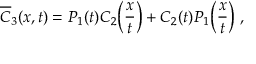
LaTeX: \overline { { C } } _ { 3 } ( x , t ) = P _ { 1 } ( t ) C _ { 2 } \biggl ( \frac { x } { t } \biggr ) + C _ { 2 } ( t ) P _ { 1 } \biggl ( \frac { x } { t } \biggr ) \ ,